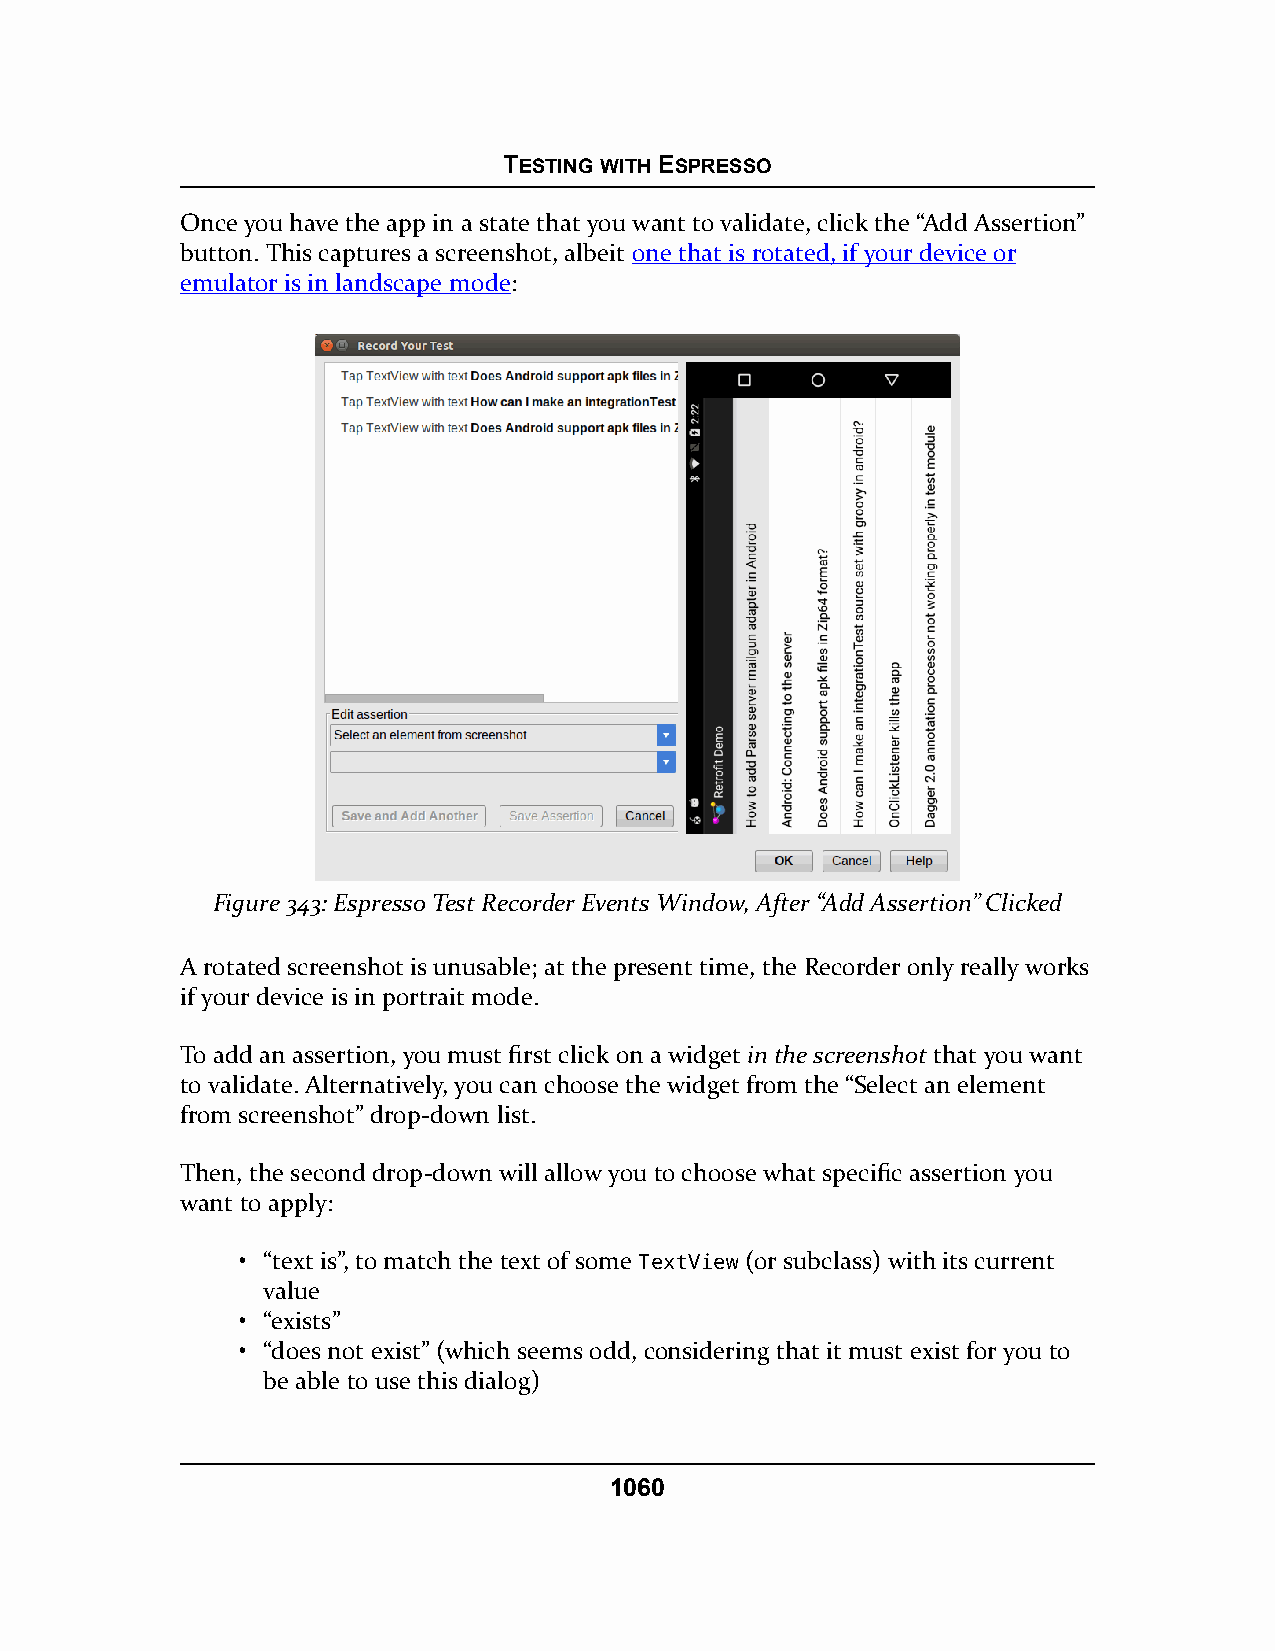
TESTING WITH ESPRESSO
 Once you have the app in a state that you want to validate, click the “Add Assertion”
 button. This captures a screenshot, albeit one that is rotated, if your device or
 emulator is in landscape mode:
 Figure 343: Espresso Test Recorder Events Window, After “Add Assertion” Clicked
 A rotated screenshot is unusable; at the present time, the Recorder only really works
 if your device is in portrait mode.
 To add an assertion, you must first click on a widget in the screenshot that you want
 to validate. Alternatively, you can choose the widget from the “Select an element
 from screenshot” drop-down list.
 Then, the second drop-down will allow you to choose what specific assertion you
 want to apply:
 • “text is”, to match the text of some TextView (or subclass) with its current
 value
 • “exists”
 • “does not exist” (which seems odd, considering that it must exist for you to
 be able to use this dialog)
 1060